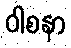
ဝါစနာ